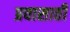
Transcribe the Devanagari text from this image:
प्रवासाठी